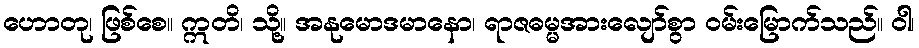
ဟောတု၊ ဖြစ်စေ။ ဣတိ၊ သို့။ အနုမောဒမာနော၊ ရာဇဓမ္မအားလျော်စွာ ဝမ်းမြောက်သည်။ ဝါ၊